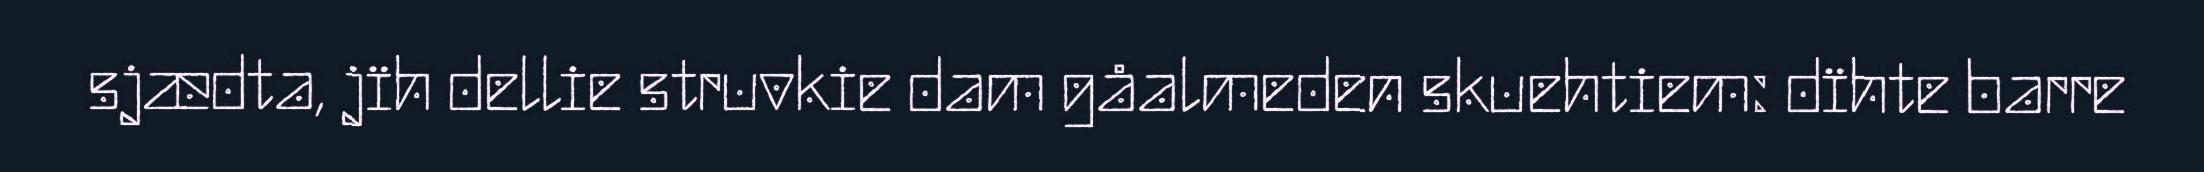
sjædta, jïh dellie struvkie dam gåalmeden skuehtiem: dïhte barre